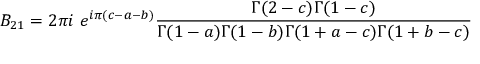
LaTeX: B _ { 2 1 } = 2 \pi i ~ e ^ { i \pi ( c - a - b ) } \frac { \Gamma ( 2 - c ) \Gamma ( 1 - c ) } { \Gamma ( 1 - a ) \Gamma ( 1 - b ) \Gamma ( 1 + a - c ) \Gamma ( 1 + b - c ) }